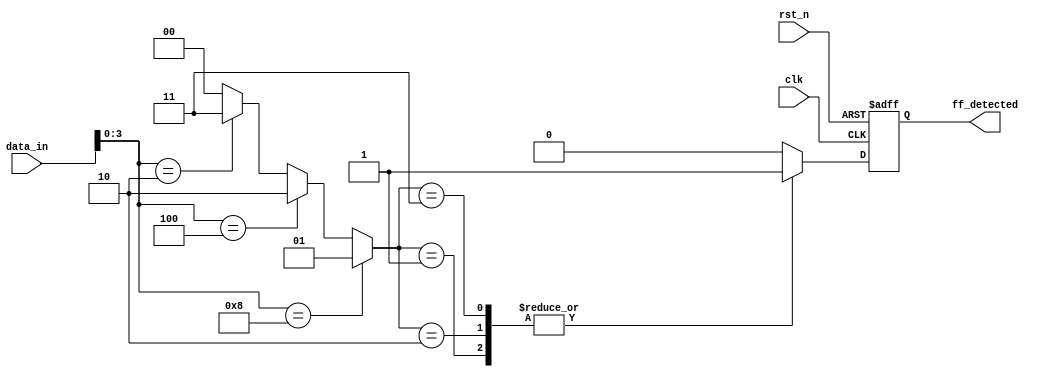
module flip_flop_detector (
    input wire clk,             // Clock input
    input wire rst_n,           // Active-low reset
    input wire [N-1:0] data_in, // Memory block data input
    output reg ff_detected      // Flip-flop detection output
);
    
    parameter N = 8;              // Number of data lines
    parameter PATTERN_SIZE = 4;   // Size of the patterns to be detected

    // Pattern definitions for flip-flops
    localparam [PATTERN_SIZE-1:0] SET_PATTERN = 4'b1000; // Example pattern for set
    localparam [PATTERN_SIZE-1:0] RESET_PATTERN = 4'b0100; // Example pattern for reset
    localparam [PATTERN_SIZE-1:0] TOGGLE_PATTERN = 4'b0010; // Example pattern for toggle
    
    wire [PATTERN_SIZE-1:0] detected_pattern;
    
    // Pattern recognition logic
    assign detected_pattern = (data_in[PATTERN_SIZE-1:0] == SET_PATTERN) ? 1 :
                              (data_in[PATTERN_SIZE-1:0] == RESET_PATTERN) ? 2 :
                              (data_in[PATTERN_SIZE-1:0] == TOGGLE_PATTERN) ? 3 : 0;
    
    // Detecting flip-flops in a cascaded manner
    always @(posedge clk or negedge rst_n) begin
        if (!rst_n) begin
            ff_detected <= 0; // Clear detection on reset
        end else begin
            // Cascade detection logic
            case (detected_pattern)
                1: ff_detected <= 1; // Flip-flop detected for set
                2: ff_detected <= 1; // Flip-flop detected for reset
                3: ff_detected <= 1; // Flip-flop detected for toggle
                default: ff_detected <= 0; // No flip-flop detected
            endcase
        end
    end

endmodule